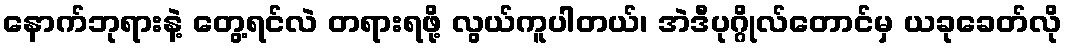
နောက်ဘုရားနဲ့ တွေ့ရင်လဲ တရားရဖို့ လွယ်ကူပါတယ်၊ အဲဒီပုဂ္ဂိုလ်တောင်မှ ယခုခေတ်လို